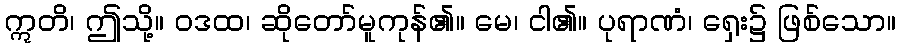
ဣတိ၊ ဤသို့။ ဝဒထ၊ ဆိုတော်မူကုန်၏။ မေ၊ ငါ၏။ ပုရာဏံ၊ ရှေး၌ ဖြစ်သော။